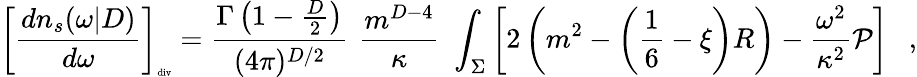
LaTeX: \left[{\frac{dn_{s}(\omega|D)}{d\omega}}\right]_{\tiny\mathrm{div}}={\frac{\Gamma\left(1-\frac D2\right)}{(4\pi)^{D/2}}}\, \, {\frac{m^{D-4}}{\kappa}}\, \, \int_{\Sigma}\left[2\left(m^{2}-\left(\frac 16-\xi\right)R\right)-{\frac{\omega^{2}}{\kappa^{2}}}{\cal P}\right]~~~,